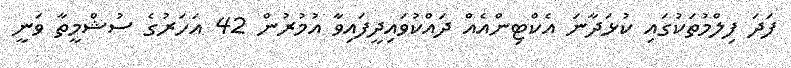
ފަދަ ފިލްމުތަކުގައި ކުޅަދާނަ އެކްޓިންއެއް ދައްކުވައިދީފައިވާ އުމުރުން 42 އަހަރުގެ ސުޝްމީތާ ވަނީ